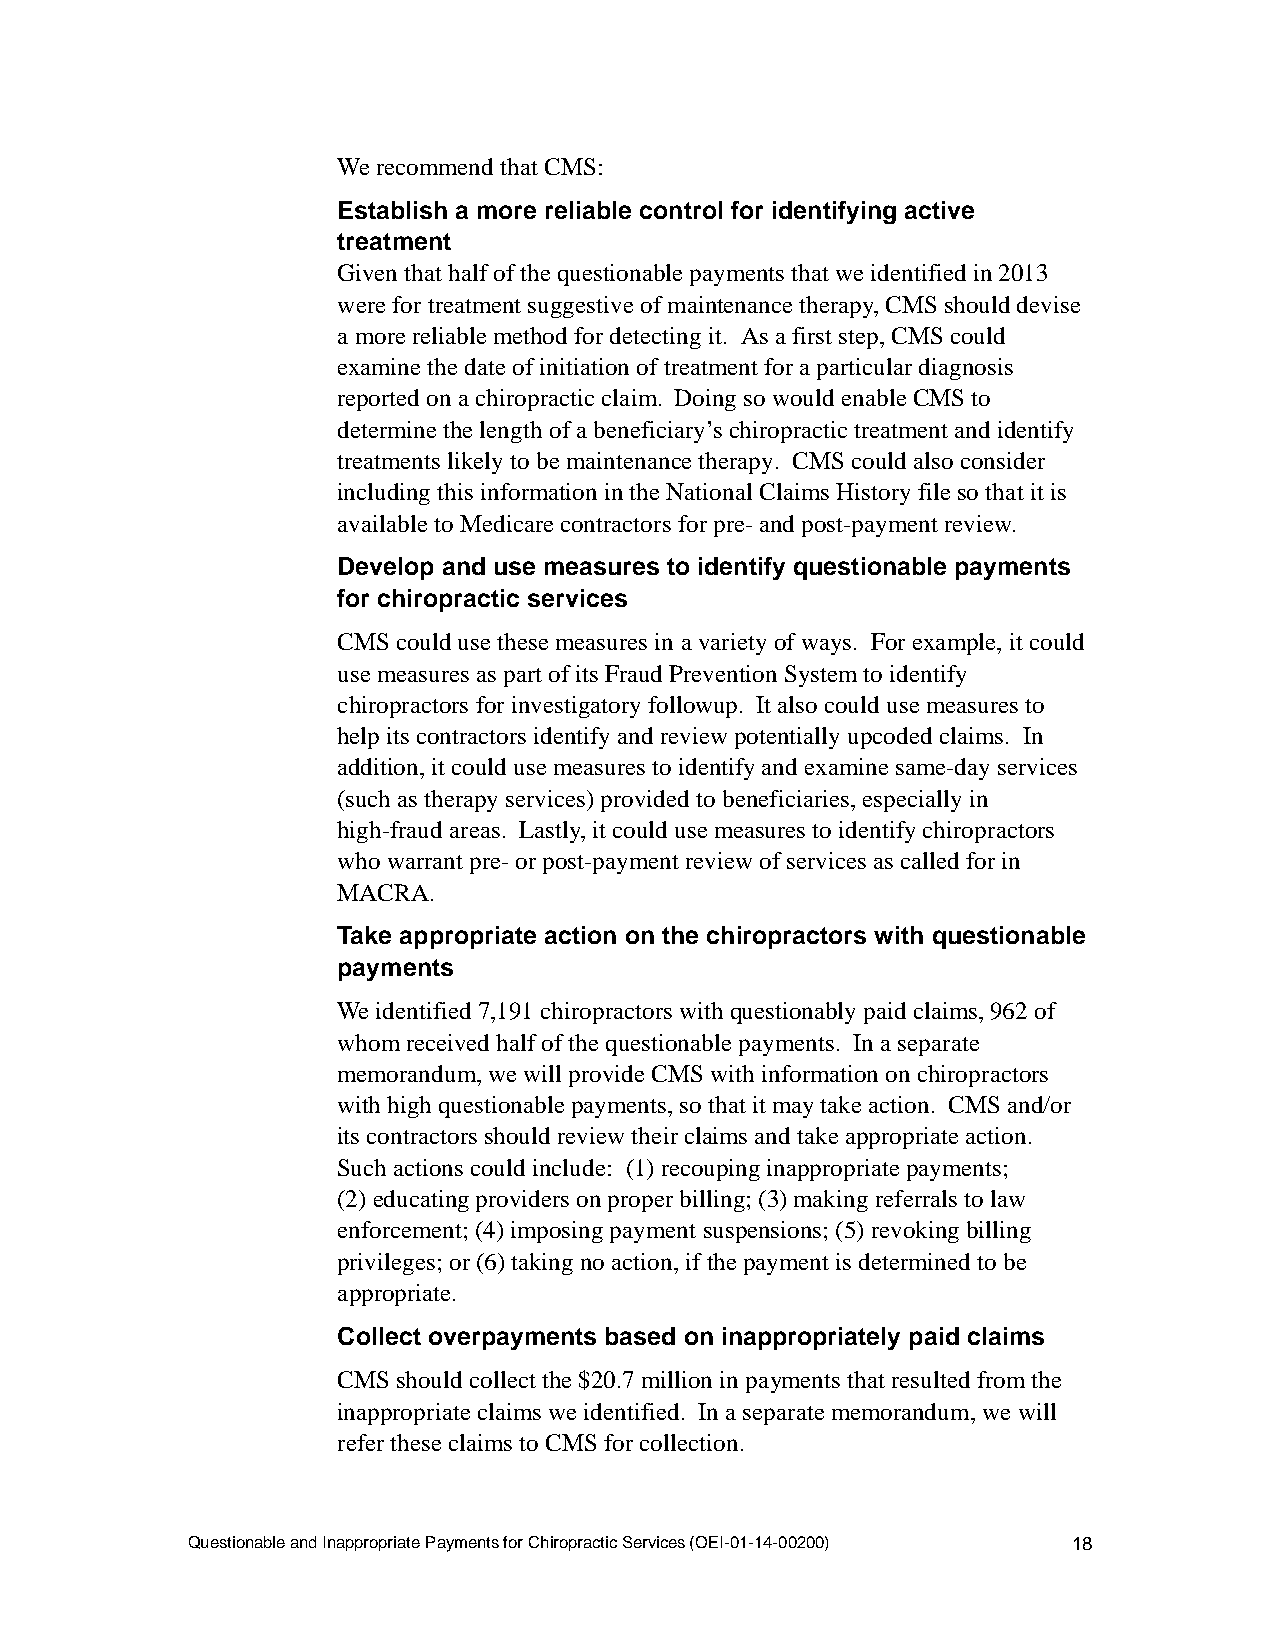
We recommend that CMS:
 Establish a more reliable control for identifying active
 treatment
 Given that half of the questionable payments that we identified in 2013
 were for treatment suggestive of maintenance therapy, CMS should devise
 a more reliable method for detecting it. As a first step, CMS could
 examine the date of initiation of treatment for a particular diagnosis
 reported on a chiropractic claim. Doing so would enable CMS to
 determine the length of a beneficiary’s chiropractic treatment and identify
 treatments likely to be maintenance therapy. CMS could also consider
 including this information in the National Claims History file so that it is
 available to Medicare contractors for pre- and post-payment review.
 Develop and use measures to identify questionable payments
 for chiropractic services
 CMS could use these measures in a variety of ways. For example, it could
 use measures as part of its Fraud Prevention System to identify
 chiropractors for investigatory followup. It also could use measures to
 help its contractors identify and review potentially upcoded claims. In
 addition, it could use measures to identify and examine same-day services
 (such as therapy services) provided to beneficiaries, especially in
 high-fraud areas. Lastly, it could use measures to identify chiropractors
 who warrant pre- or post-payment review of services as called for in
 MACRA.
 Take appropriate action on the chiropractors with questionable
 payments
 We identified 7,191 chiropractors with questionably paid claims, 962 of
 whom received half of the questionable payments. In a separate
 memorandum, we will provide CMS with information on chiropractors
 with high questionable payments, so that it may take action. CMS and/or
 its contractors should review their claims and take appropriate action.
 Such actions could include: (1) recouping inappropriate payments;
 (2) educating providers on proper billing; (3) making referrals to law
 enforcement; (4) imposing payment suspensions; (5) revoking billing
 privileges; or (6) taking no action, if the payment is determined to be
 appropriate.
 Collect overpayments based on inappropriately paid claims
 CMS should collect the $20.7 million in payments that resulted from the
 inappropriate claims we identified. In a separate memorandum, we will
 refer these claims to CMS for collection.
 Questionable and Inappropriate Payments for Chiropractic Services (OEI-01-14-00200) 18